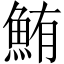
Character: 鮪